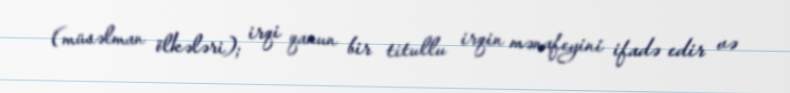
(müsəlman ölkələri); irqi qanun bir titullu irqin mənafeyini ifadə edir və